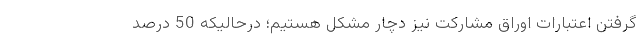
گرفتن اعتبارات اوراق مشارکت نیز دچار مشکل هستیم؛ درحالیکه 50 درصد